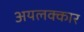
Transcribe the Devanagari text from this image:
अयलक्कार